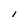
Character: I